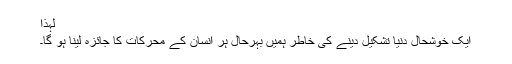
لہٰذا
ایک خوشحال دنیا تشکیل دینے کی خاطر ہمیں بہرحال ہر انسان کے محرکات کا جائزہ لینا ہو گا۔